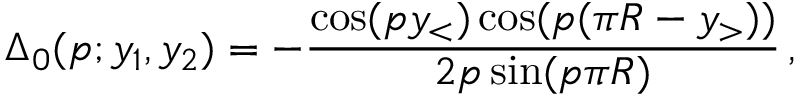
\Delta _ { 0 } ( p ; y _ { 1 } , y _ { 2 } ) = - \frac { \cos ( p y _ { < } ) \cos ( p ( \pi R - y _ { > } ) ) } { 2 p \sin ( p \pi R ) } \, ,